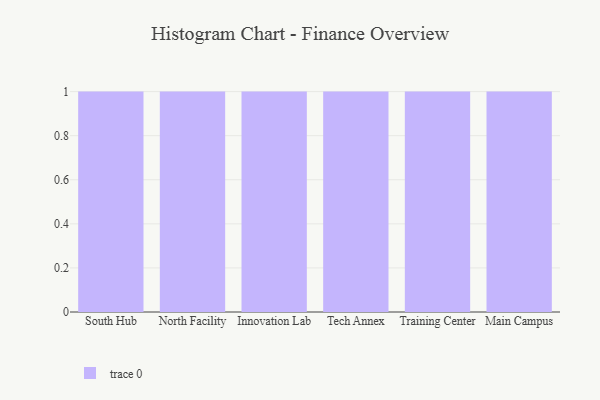
{"axis": {"x": "Campus", "y": "Net Income (USD K)"}, "legend": [""], "data": [{"x": "South Hub", "y": 63, "type": ""}, {"x": "North Facility", "y": 89, "type": ""}, {"x": "Innovation Lab", "y": 83, "type": ""}, {"x": "Tech Annex", "y": 87, "type": ""}, {"x": "Training Center", "y": 2, "type": ""}, {"x": "Main Campus", "y": 61, "type": ""}]}